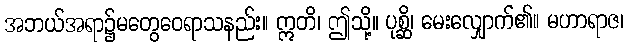
အဘယ်အရာ၌မတွေဝေရာသနည်း။ ဣတိ၊ ဤသို့။ ပုစ္ဆိ၊ မေးလျှောက်၏။ မဟာရာဇ၊